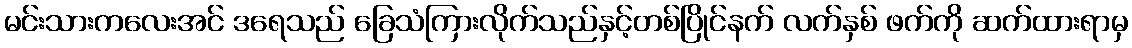
မင်းသားကလေးအင် ဒရေသည် ခြေသံကြားလိုက်သည်နှင့်တစ်ပြိုင်နက် လက်နှစ် ဖက်ကို ဆက်ထားရာမှ